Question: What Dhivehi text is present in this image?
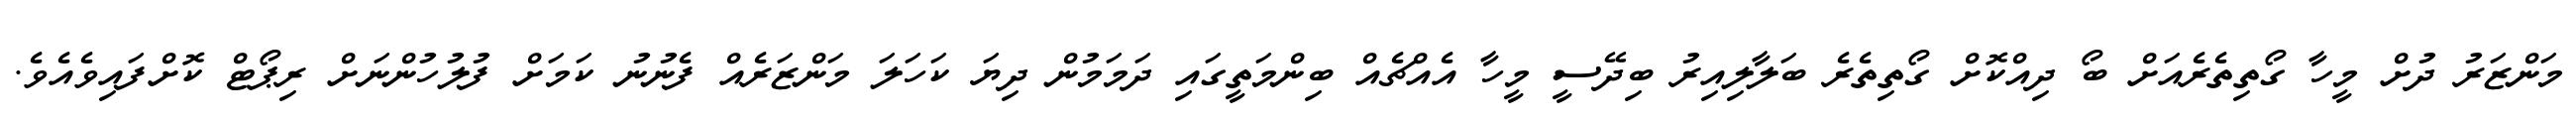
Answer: މަންޒަރު ދުށް މީހާ ގޯތިތެރެއަށް ބޯ ދިއްކޮށް ގޯތިތެރެ ބަލާލިއިރު ބިދޭސީ މީހާ އެއްޗެއް ބިންމަތީގައި ދަމަމުން ދިޔަ ކަހަލަ މަންޒަރެއް ފެނުނު ކަމަށް ފުލުހުންނަށް ރިޕޯޓް ކޮށްފައިވެއެވެ.